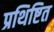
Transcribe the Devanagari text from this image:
प्रथिष्टित